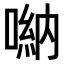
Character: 𠺶